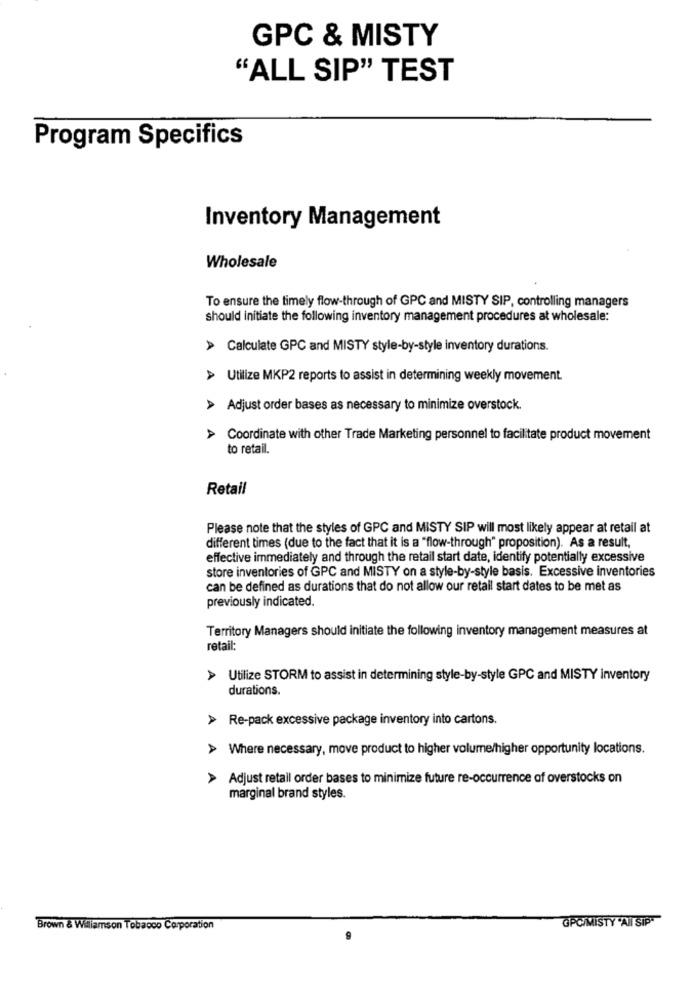
GPC & MISTY
"ALL SIP" TEST
Program Specifics
Inventory Management
Wholesale
To ensure the timely flow-through of GPC and MISTY SIP, controlling managers
should initiate the following inventory management procedures at wholesale:
A
Calculate GPC and MISTY style-by-style inventory durations.
> Utilize MKP2 reports to assist in determining weekly movement.
> Adjust order bases as necessary to minimize overstock.
> Coordinate with other Trade Marketing personnel to facilitate product movement
to retail.
Retail
Please note that the styles of GPC and MISTY SIP will most likely appear at retail at
different times (due to the fact that it is a "flow-through" proposition). As a result,
effective immediately and through the retail start date, identify potentially excessive
store inventories of GPC and MISTY on a style-by-style basis. Excessive inventories
can be defined as durations that do not allow our retail start dates to be met as
previously indicated.
Territory Managers should initiate the following inventory management measures at
retail:
> Utilize STORM to assist in determining style-by-style GPC and MISTY inventory
durations.
Re-pack excessive package inventory into cartons.
> Where necessary, move product to higher volume/higher opportunity locations.
> Adjust retail order bases to minimize future re-occurrence of overstocks on
marginal brand styles.
GPC/MISTY 'AI SIPT
Brown & Wiliamson Tobacco Corporation